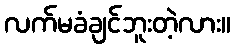
လက်မခံချင်ဘူးတဲ့လား။